Report of the Indian Hemp Drugs Commission, 1894-1895 - Volume VI
Year: 1894
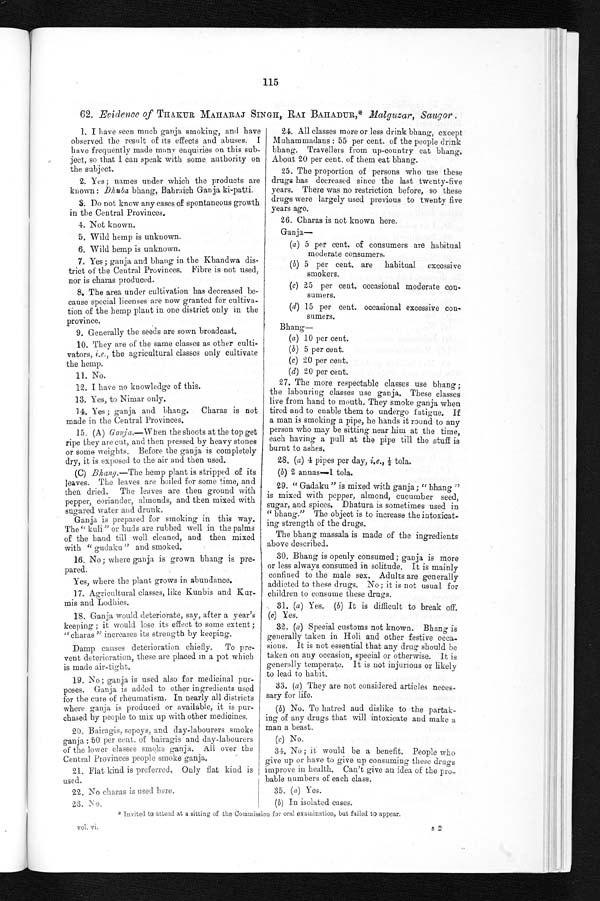
115
6 2 .
E v i d e n c e o f
T H A K U R M A H A R A J S I N G H , R A I B A H A D U R , *M
a l g u z a r , S a u g o r .
1. I have seen much ganja smoking, and have
observed the result of its effects and abuses. I
have frequently made many enquiries on this sub
- j e c t , s o t h a t I c a n s p e a k w i t h s o m e a u t h o r i t y o n
the subject.
2. Yes; names under which the products are
known: Dhuba bhang, Bahraich Ganja ki-patti.
3. Do not know any cases of spontaneous growth
in the Central Provinces.
4. Not known.
5. Wild hemp is unknown.
6. Wild hemp is unknown.
7. Yes; ganja and bhang in the Khandwa dis
- t r i c t o f t h e C e n t r a l P r o v i n c e s . F i b r e i s n o t u s e d ,
nor is charas produced.
8. The area under cultivation has decreased be
-cause special licenses are now granted for cultiva
- t i o n o f t h e h e m p p l a n t i n o n e d i s t r i c t o n l y i n t h e
province.
9. Generally the seeds are sown broadcast.
10. They are of the same classes as other culti
- v a t o r s ,
i . e .
, t h e a g r i c u l t u r a l c l a s s e s o n l y c u l t i v a t e
the hemp.
11. No.
12. I have no knowledge of this.
13. Yes, to Nimar only.
1 4 . Y e s ; g a n j a a n d b h a n g . C h a r a s i s n o t
made in the Central Provinces.
15. (A) Ganja.—When the shoots at the top get
ripe they are cut, and then pressed by heavy stones
or some weights. Before the ganja is completely
dry, it is exposed to the air and then used.
(C) Bhang.—The hemp plant is stripped of its
leaves. The leaves are boiled for some time, and
then dried. The leaves are then ground with
pepper, coriander, almonds, and then mixed with
sugared water and drunk.
Ganja is prepared for smoking in this way.
The "kuli" or buds are rubbed well in the palms
of the hand till well cleaned, and then mixed
with "gudaku" and smoked.
16. No; where ganja is grown bhang is pre
- p a r e d .
Yes, where the plant grows in abundance.
17. Agricultural classes, like Kunbis and Kur
- m i s a n d L o d h i e s .
18. Ganja would deteriorate, say, after a year's
keeping; it would lose its effect to some extent;
"charas" increases its strength by keeping.
Damp causes deterioration chiefly. To pre
- v e n t d e t e r i o r a t i o n , t h e s e a r e p l a c e d i n a p o t w h i c h
is made air-tight.
19. No; ganja is used also for medicinal pur
- p o s e s . G a n j a i s a d d e d t o o t h e r i n g r e d i e n t s u s e d
for the cure of rheumatism. In nearly all districts
where ganja is produced or available, it is pur
- c h a s e d b y p e o p l e t o m i x u p w i t h o t h e r m e d i c i n e s .
20. Bairagis, sepoys, and. day-labourers smoke
ganja: 50 per cent. of bairagis and day-labourers
of the lower classes smoke ganja, All over the
Central Provinces people smoke ganja.
21. Flat kind is preferred. Only flat kind. is
used.
22. No charas is used here.
23. No.
24. All classes more or less drink bhang, except
Muhammadans: 55 per cent. of the people drink
bhang. Travellers from up-country eat bhang.
About 20 per cent. of them eat bhang.
25. The proportion of persons who use these
drugs has decreased since the last twenty-five
years. There was no restriction before, so these
drugs were largely used previous to twenty five
years ago.
26. Charas is not known here.
Ganja—
( a ) 5 p e r c e n t . o f c o n s u m e r ' s a r e h a b i t u a l
moderate consumers.
( b ) 5 p e r c e n t . a r e h a b i t u a l e x c e s s i v e
smokers.
( c ) 25 per cent. occasional moderate con
-sumers.
( d ) 15 per cent. occasional excessive con
-sumers.
Bhang—
(a) 10 per cent.
(b) 5 per cent.
(c) 20 per cent.
(d) 20 per cent.
27. The more respectable classes use bhang;
the labouring classes use ganja. These classes
live from hand to mouth. They smoke ganja, when
tired and to enable them to undergo fatigue. If
a man is smoking a pipe, he hands it round to any
person who may be sitting near him at the time,
each having a pull at the pipe till the stuff is
burnt to ashes.
28, (a) 4 pipes per day, i.e., ½t o l a .
(b) 2 annas—1 tola.
29. "Gadaku" is mixed with ganja; "bhang"
is mixed with pepper, almond, cucumber seed,
sugar, and spi ces. Dhat ura i s somet i mes used i n
"bhang." The object is to increase the intoxicat
- i n g s t r e n g t h o f t h e d r u g s .
The bhang massala is made of the ingredients
above described.
30. Bhang is openly consumed; ganja is more
or less always consumed in solitude. It is mainly
confined to the male sex. Adults are generally
addicted to these drugs. No; it is not usual for
children to consume these drugs.
31. (a ) Yes. (b) It is difficult to break off.
(c) yes.
32. (a) Special customs not known. Bhang is
generally taken in Holi and other festive occa
- s i o n s . I t i s n o t e s s e n t i a l t h a t a n y d r u g s h o u l d b e
taken on any occasion, special or otherwise. It is
generally temperate. It is not injurious or likely
to lead to habit.
33. (a) They are not considered articles neces
- s a r y f o r l i f e .
(b) No. To hatred and dislike to the partak
- i n g o f a n y d r u g s t h a t w i l l i n t o x i c a t e a n d m a k e a
man a beast.
( c) No.
34. No; it would be a benefit. People who
give up or have to give up consuming these drugs
improve in health, Can't give an idea of the pro
- b a b l e n u m b e r s o f e a c h c l a s s .
35. (a ) Yes.
( b) In isolated cases.
* I n v i t e d t o a t t e n d a t a s i t t i n g o f t h e C o m m i s s i o n f o r o r a l e x a m i n a t i o n , b u t f a i l e d t o a p p e a r .